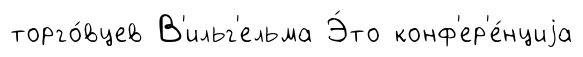
торго́вцев В'ильг'ельма Э́то конф'ер'е́нциjа